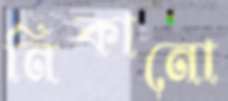
নিকানো